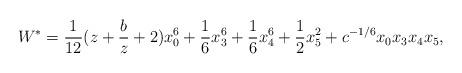
LaTeX: \begin{align*}W^{\ast}= \frac{1}{12}(z+\frac{b}{z}+2) x_{0}^6 + \frac{1}{6} x_{3}^6+\frac{1}{6} x_{4}^6 + \frac{1}{2} x_{5}^2 + c^{-1/6} x_0 x_3 x_4x_5,\end{align*}